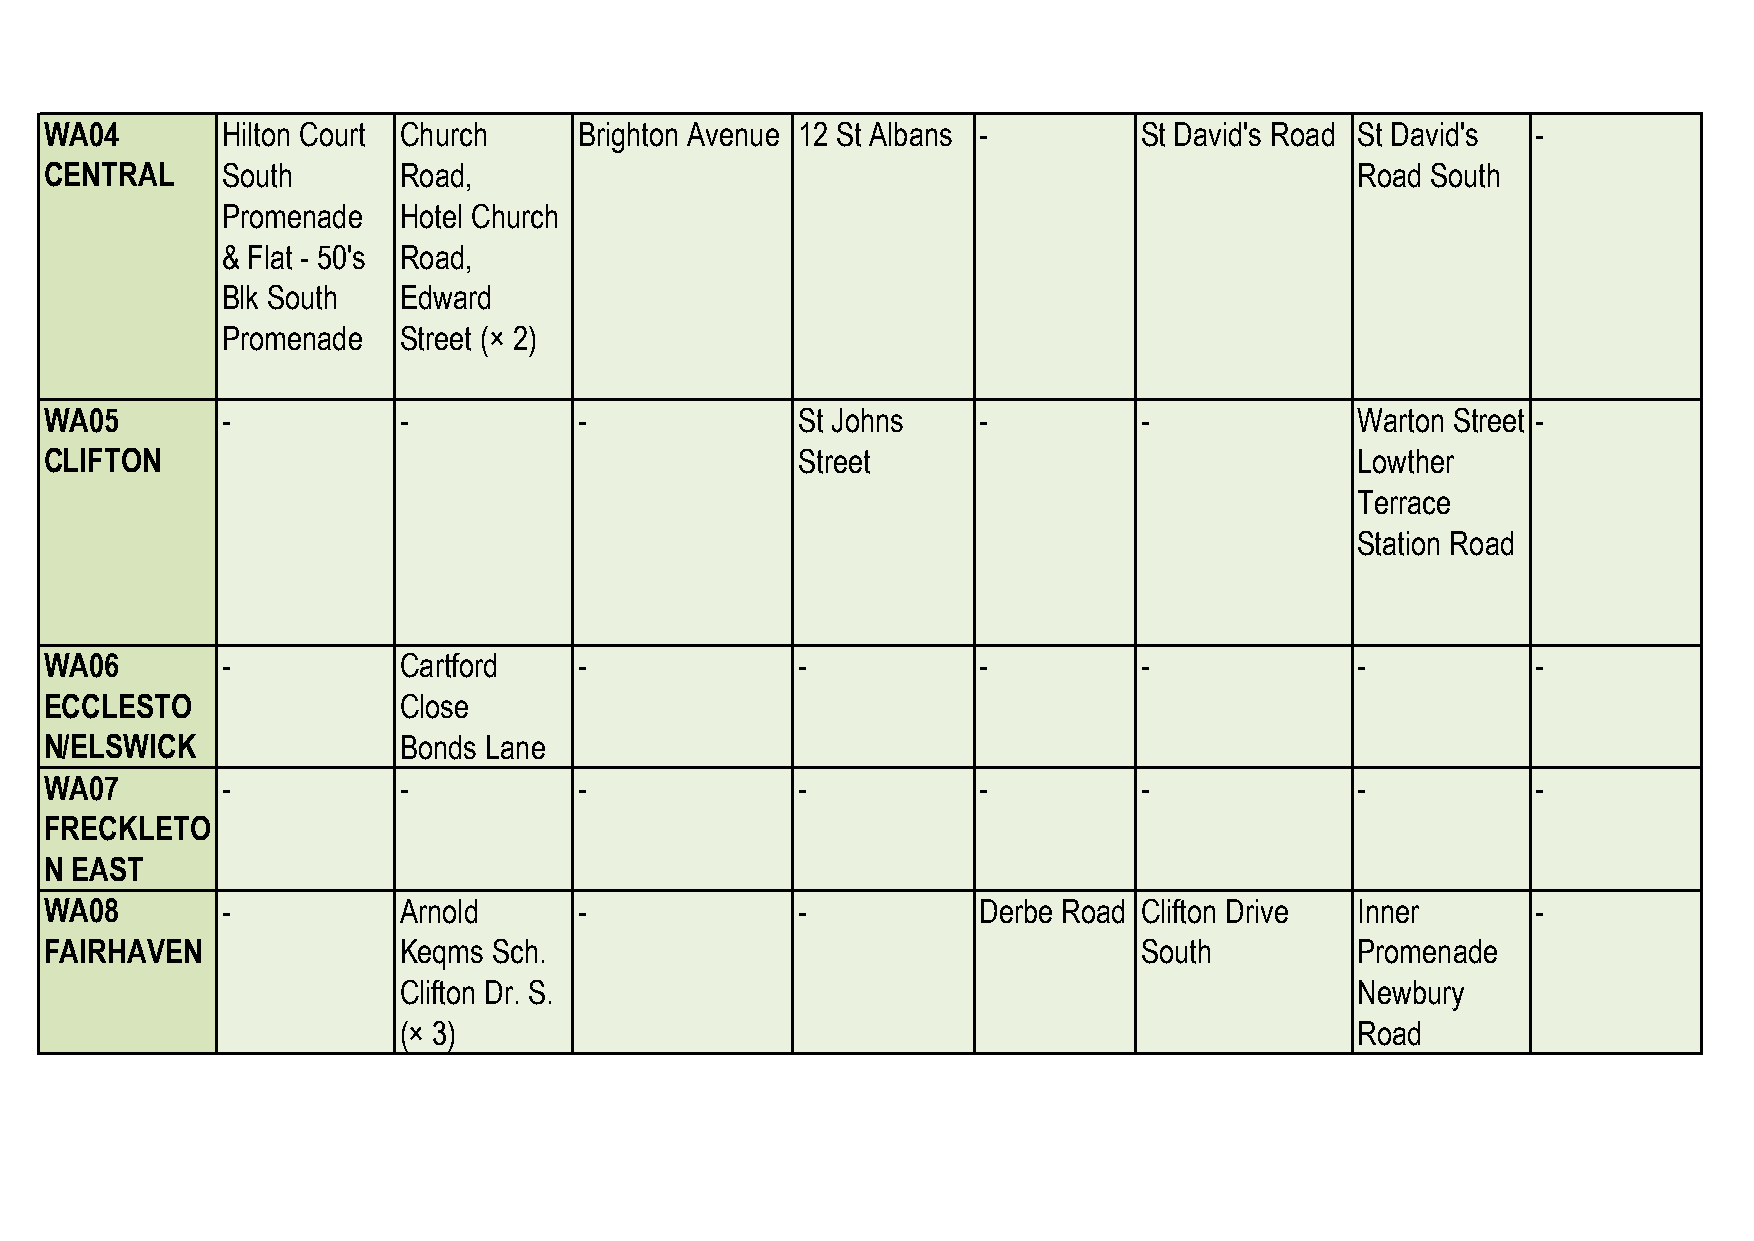
WA04        Hilton Court Church    Brighton Avenue 12 St Albans -       St David's Road St David's -
 CENTRAL     South      Road,                                                           Road South
 Promenade  Hotel Church
 & Flat - 50's Road,
 Blk South  Edward
 Promenade  Street (× 2)
 WA05        -          -           -              St Johns    -         -              Warton Street -
 CLIFTON                                           Street                               Lowther
 Terrace
 Station Road
 WA06        -          Cartford    -              -           -         -              -           -
 ECCLESTO               Close
 N/ELSWICK              Bonds Lane
 WA07        -          -           -              -           -         -              -           -
 FRECKLETO
 N EAST
 WA08        -          Arnold      -              -           Derbe Road Clifton Drive Inner       -
 FAIRHAVEN              Keqms  Sch.                                      South          Promenade
 Clifton Dr. S.                                                  Newbury
 (× 3)                                                           Road